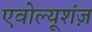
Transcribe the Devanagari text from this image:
एवोल्यूशंज़